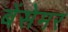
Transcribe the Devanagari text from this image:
बेंसेमर